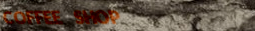
COFFEE SHOP